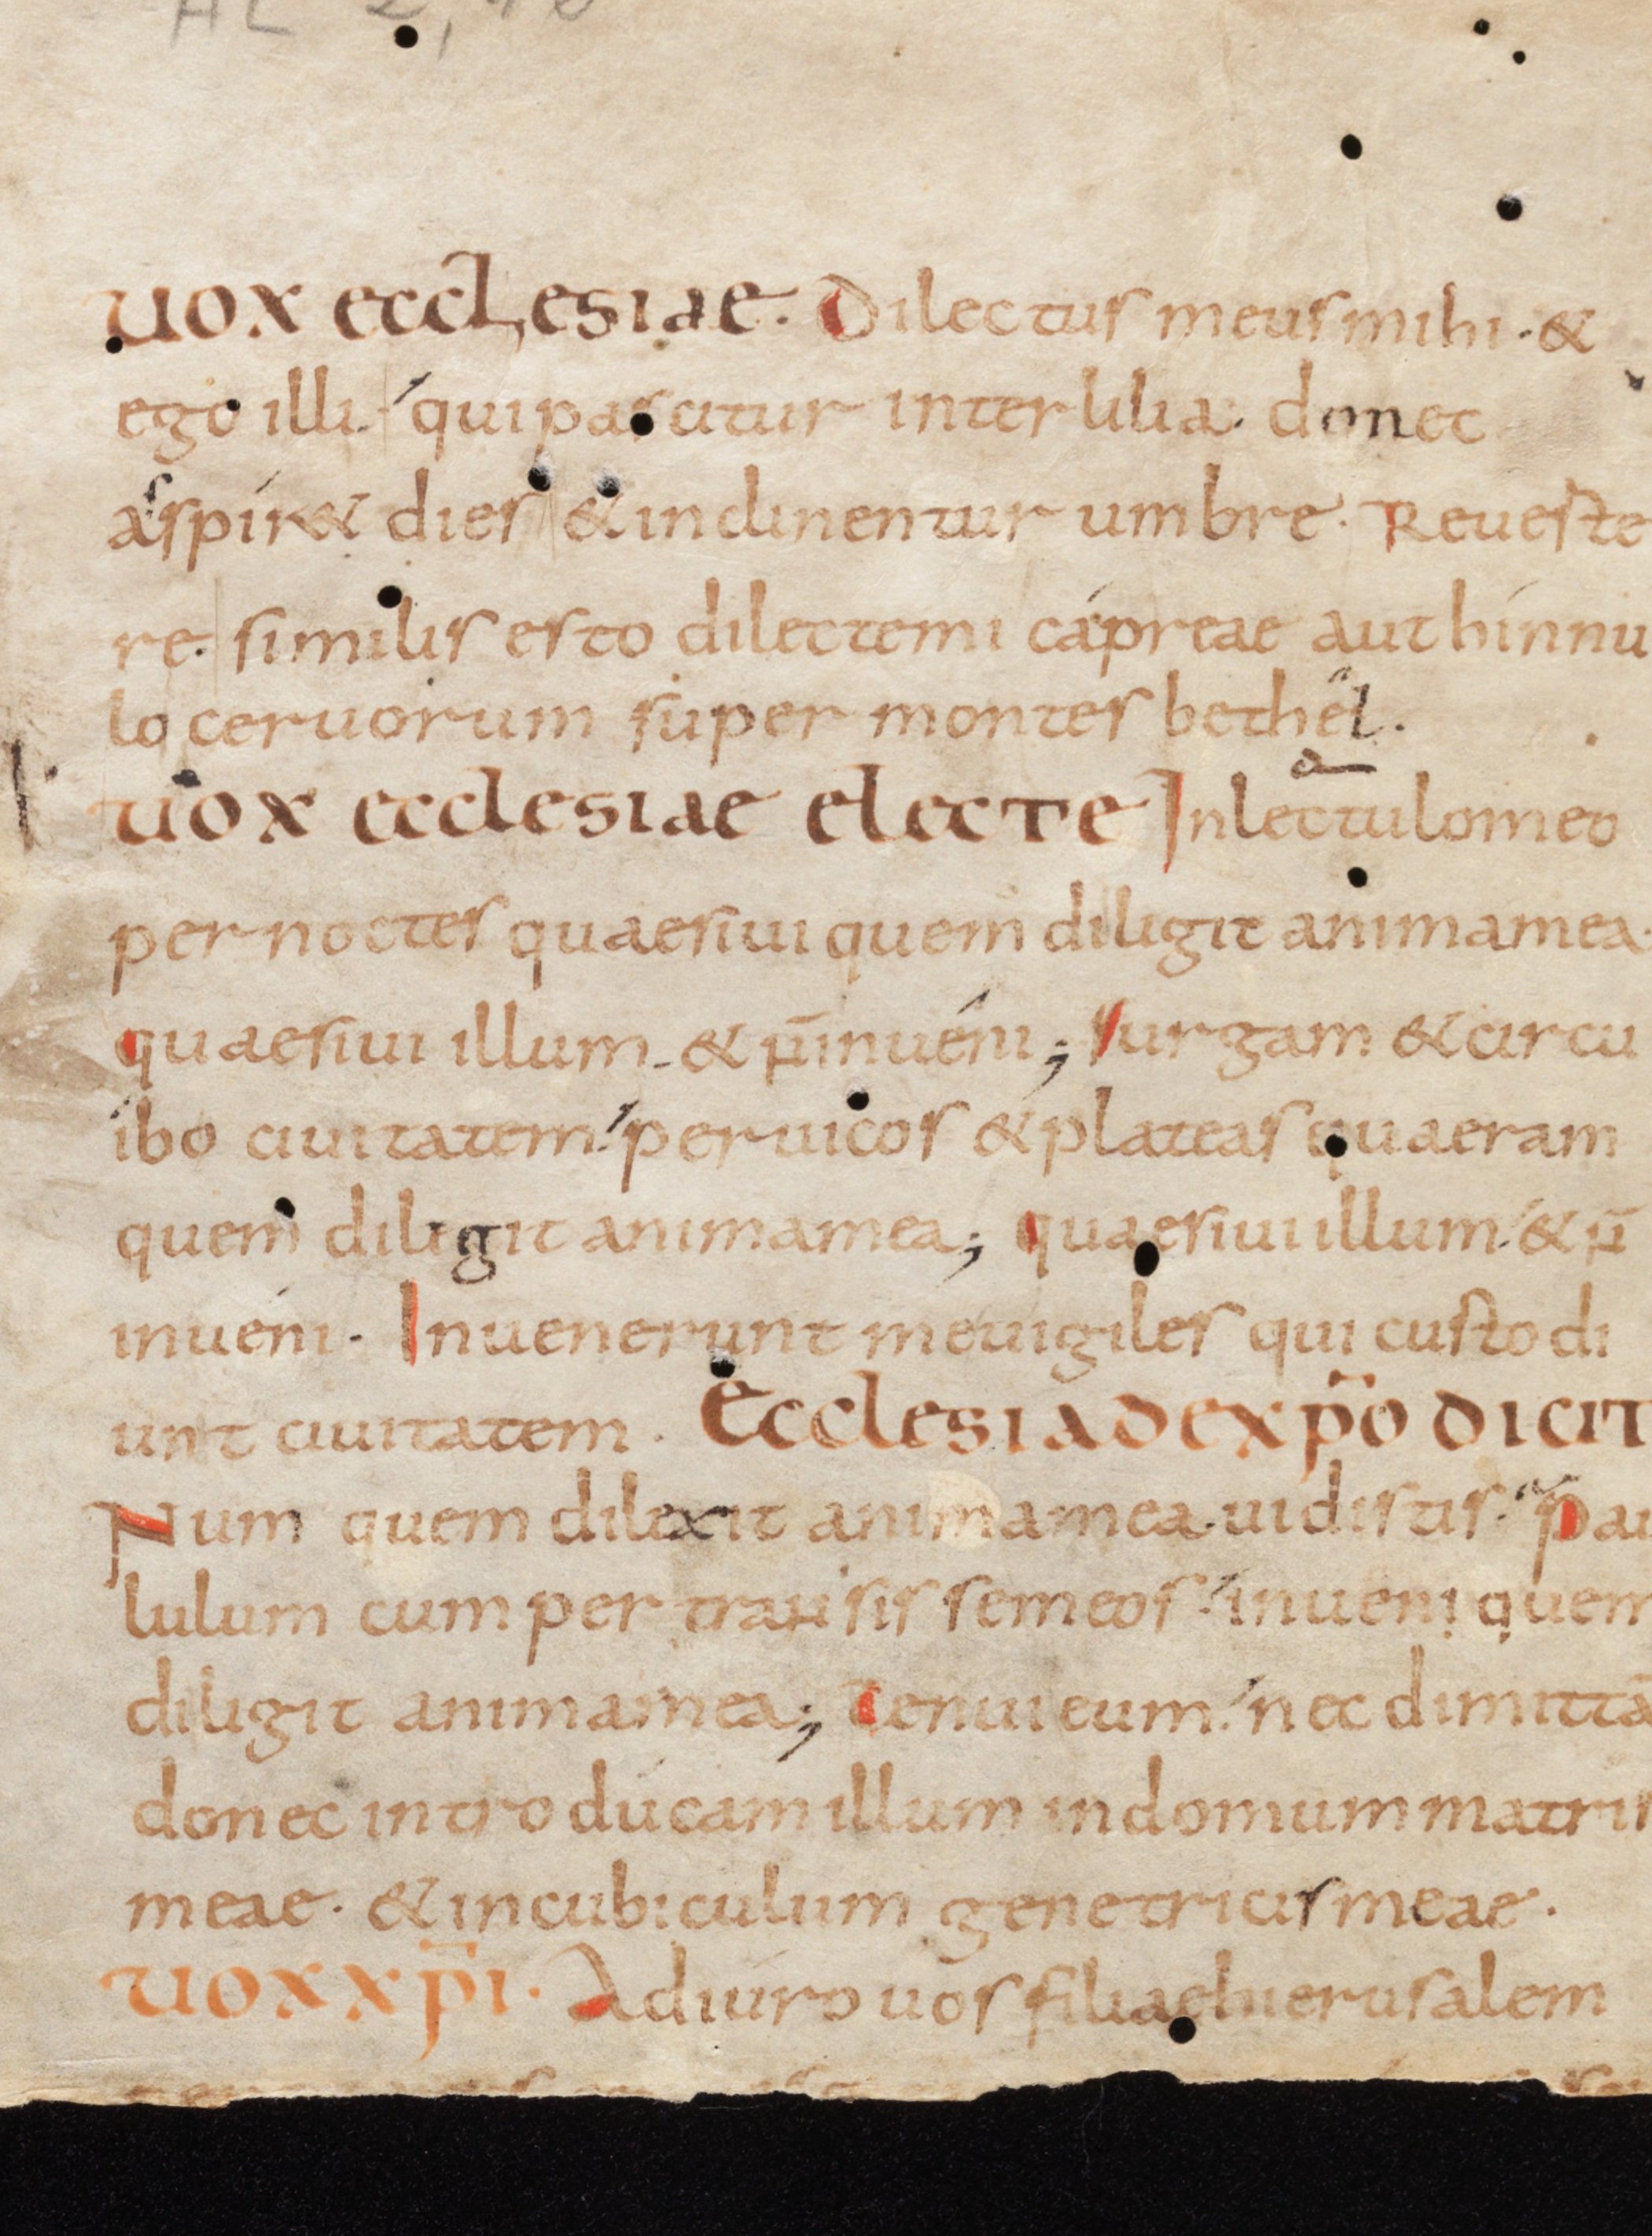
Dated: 800–815